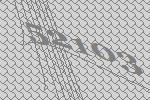
52103